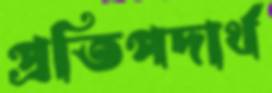
প্রতিপদার্থ